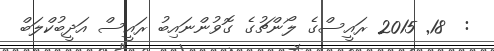
:  18